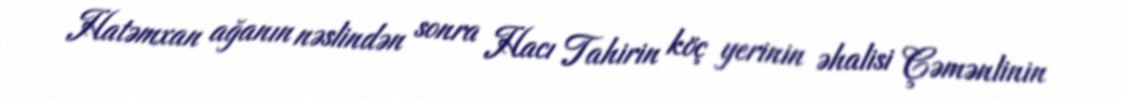
Hatəmxan ağanın nəslindən sonra Hacı Tahirin köç yerinin əhalisi Çəmənlinin